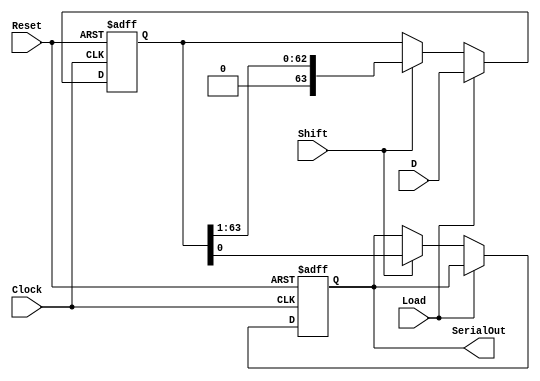
module PISO_Register (
    input wire [63:0] D,       // 64-bit parallel input data
    input wire Load,           // Load control signal
    input wire Shift,          // Shift control signal
    input wire Clock,          // Clock signal
    input wire Reset,          // Asynchronous reset signal
    output reg SerialOut       // Serial output
);

    // Internal register to hold the 64-bit data
    reg [63:0] shift_reg;

    always @(posedge Clock or posedge Reset) begin
        if (Reset) begin
            // Reset the shift register and output
            shift_reg <= 64'b0;
            SerialOut <= 1'b0;
        end else begin
            // Load operation
            if (Load) begin
                shift_reg <= D;  // Load data into the shift register
            end else if (Shift) begin
                // Shift operation
                SerialOut <= shift_reg[0]; // Output the least significant bit
                shift_reg <= shift_reg >> 1; // Shift right the data
            end
        end
    end

endmodule